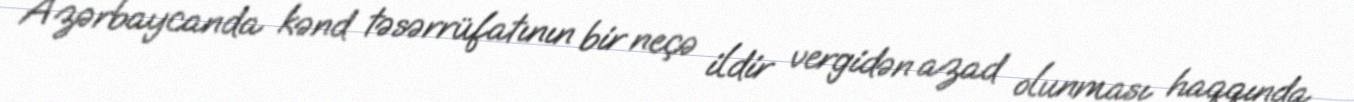
Azərbaycanda kənd təsərrüfatının bir neçə ildir vergidən azad olunması haqqında